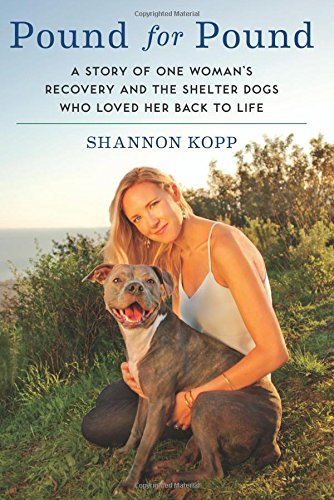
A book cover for Pound for Pound: A Story of One Woman's Recovery and the Shelter Dogs Who Loved Her Back to Life; Shannon Kopp; Crafts, Hobbies & Home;